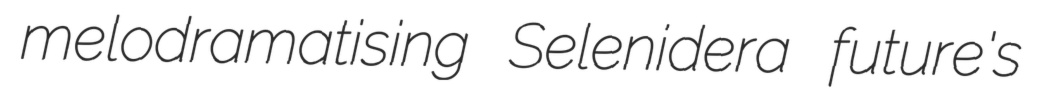
melodramatising Selenidera future's